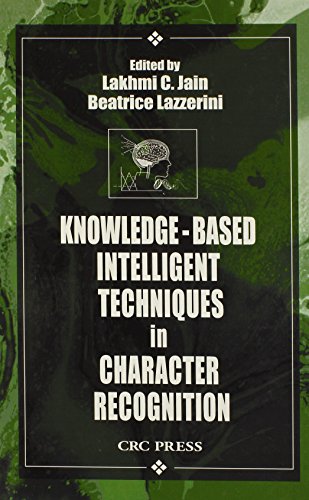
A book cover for Knowledge-Based Intelligent Techniques in Character Recognition (International Series on Computational Intelligence); Computers & Technology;